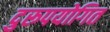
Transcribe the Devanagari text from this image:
दुरूपयोगित